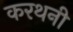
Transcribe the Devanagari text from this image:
करथनी